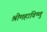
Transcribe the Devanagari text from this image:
श्रीमहाविष्णु